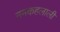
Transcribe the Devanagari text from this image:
नमकहलाली